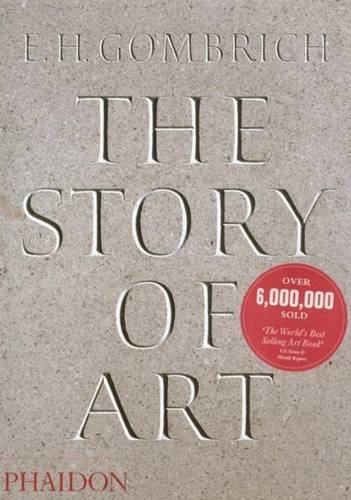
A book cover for The Story of Art; E.H. Gombrich; Arts & Photography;